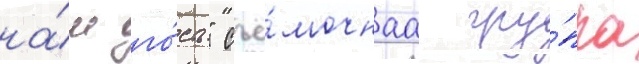
на́ш го́сть" съё́мочнаа гру́ппа